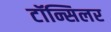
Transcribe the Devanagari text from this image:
टॉन्सिलर